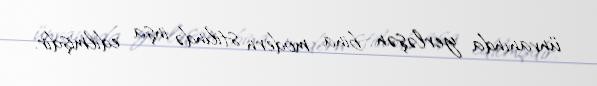
ünvanında yerləşən bina modern stilində inşa edilmişdir.